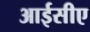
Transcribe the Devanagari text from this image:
आईसीए